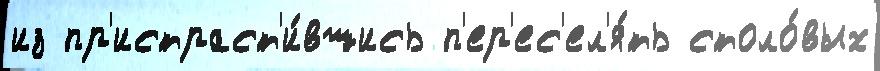
из пр'истраст'и́вшись п'ер'ес'ел'я́ть столо́вых